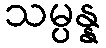
သမ္ပန္န